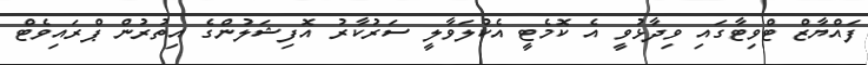
ފައްޔާޒް ޓްވިޓާގައި ވިދާޅުވީ އެ ކޮމެޓީ އެކުލަވާލީ ސަރުކާރު އޮފިޝަލުންގެ އިތުރުން ޕްރައިވެޓް